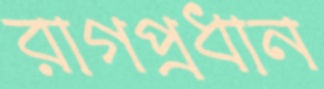
রাগপ্রধান